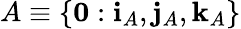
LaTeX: A\equiv\{ \mathbf{0}:\mathbf{i}_{A},\mathbf{j}_{A},\mathbf{k}_{A}\}